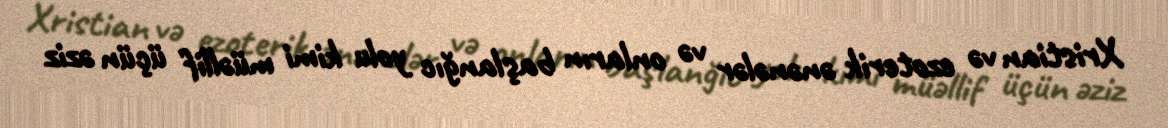
Xristian və ezoterik ənənələr və onların başlanğıc yolu kimi müəllif üçün əziz